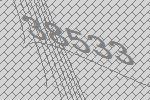
38533